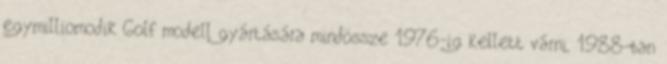
egymilliomodik Golf modell gyártására mindössze 1976-ig kellett várni, 1988-ban